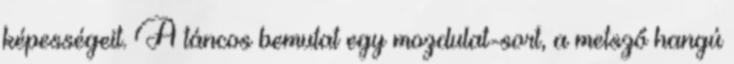
képességeit. A táncos bemutat egy mozdulat-sort, a metsző hangú